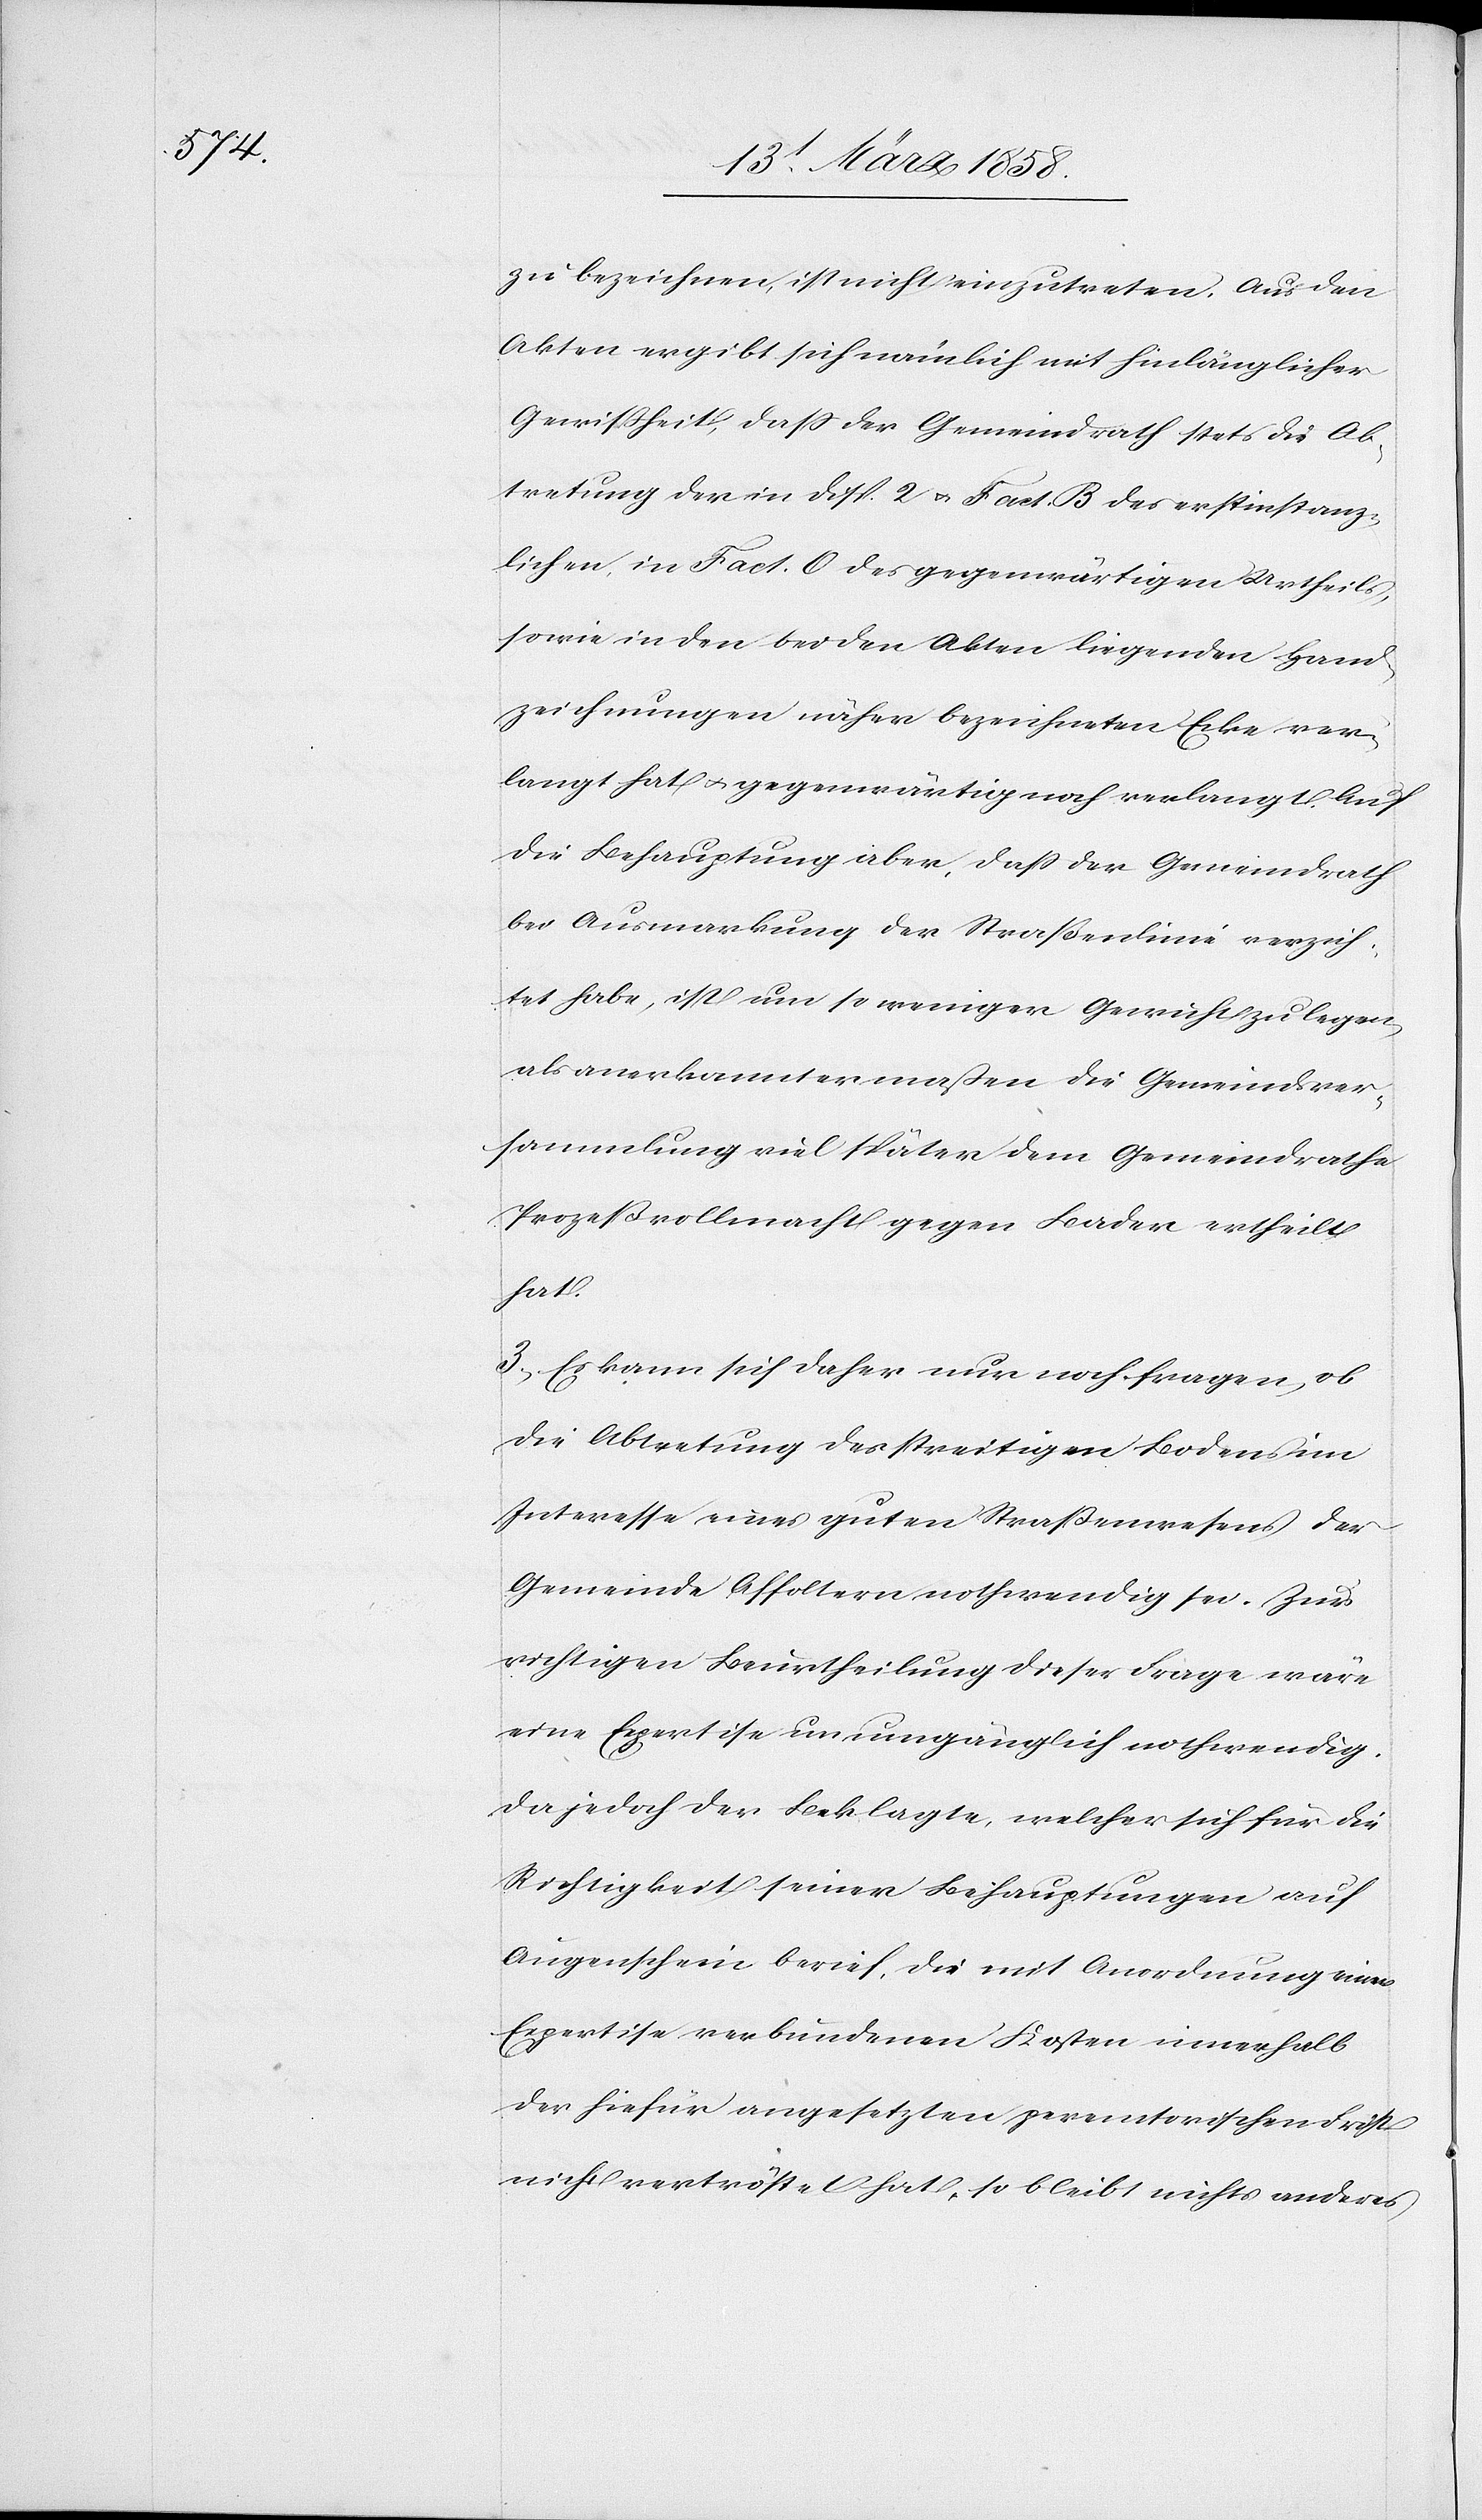
zu bezeichnen, ist nicht einzutreten. Aus den
Akten ergibt sich nämlich mit hinlänglicher
Gewißheit, daß der Gemeindrath stets die Ab¬
tretung der in Disp. 2 u. Fact. B des erstinstanz¬
lichen, in Fact. O des gegenwärtigen Urtheils,
sowie in den beiden Akten liegenden Hand¬
zeichnungen näher bezeichneten Ecke ver¬
langt hat u. gegenwärtig noch verlangt. Auf
die Behauptung aber, daß der Gemeindrath
bei Ausmarkung der Straßenlinie verzich¬
tet habe, ist um so weniger Gewicht zu legen,
als anerkanntermaßen die Gemeindsver¬
sammlung viel später dem Gemeindrathe
Prozeßvollmacht gegen Bader ertheilt
hat.
3. Es kann sich daher nur noch fragen, ob
die Abtretung des streitigen Bodens im
Interesse eines guten Straßenwesens der
Gemeinde Affoltern nothwendig sei. Zur
richtigen Beurtheilung dieser Frage wäre
eine Expertise unumgänglich nothwendig.
Da jedoch der Beklagte, welcher sich für die
Richtigkeit seiner Behauptungen auf
Augenschein berief, die mit Anordnung einer
Expertise verbundenen Kosten innerhalb
der hiefür angesetzten permentorischen Frist
nicht vertröstet hat, so bleibt nichts anderes